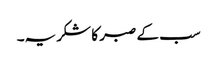
سب کے صبر کا شکریہ۔